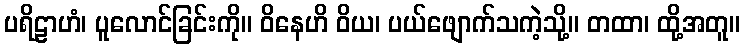
ပရိဠာဟံ၊ ပူလောင်ခြင်းကို။ ဝိနေဟိ ဝိယ၊ ပယ်ဖျောက်သကဲ့သို့။ တထာ၊ ထို့အတူ။